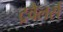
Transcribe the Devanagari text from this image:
ट्रवैलर्स